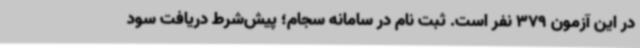
در این آزمون 379 نفر است. ثبت نام در سامانه سجام؛ پیش‌شرط دریافت سود